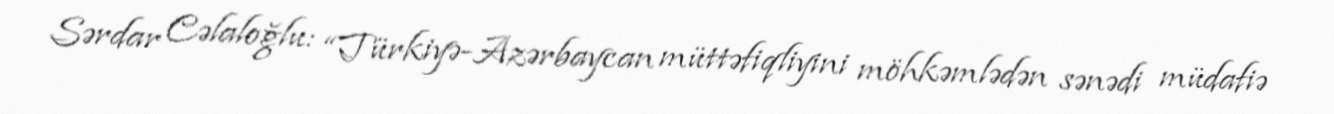
Sərdar Cəlaloğlu: “Türkiyə-Azərbaycan müttəfiqliyini möhkəmlədən sənədi müdafiə